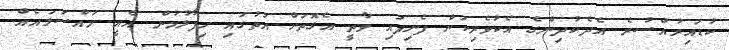
ކުޑައިރުއްސުރެ އެދެކުދިންގެ އެކުވެރިކަން ފެނިފައި ވާތީ އެގޮތަށް އަތުގައި ހިފާލުމުން އެއީ މައްސަލައެއް